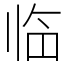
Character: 临